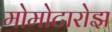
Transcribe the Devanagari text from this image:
मोमोटारोझ